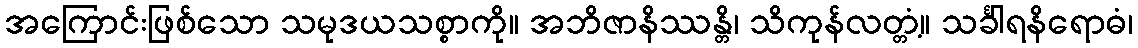
အကြောင်းဖြစ်သော သမုဒယသစ္စာကို။ အဘိဇာနိဿန္တိ၊ သိကုန်လတ္တံ့။ သင်္ခါရနိရောဓံ၊